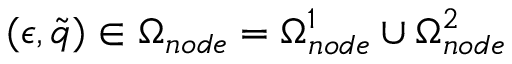
( \epsilon , \tilde { q } ) \in \Omega _ { n o d e } = \Omega _ { n o d e } ^ { 1 } \cup \Omega _ { n o d e } ^ { 2 }